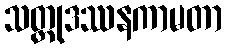
သတ္ထုဒဿနကာမတာ